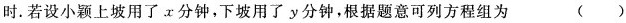
时。若设小颖上坡用了x分钟，下坡用了y分钟，根据题意可列方程组为 ()